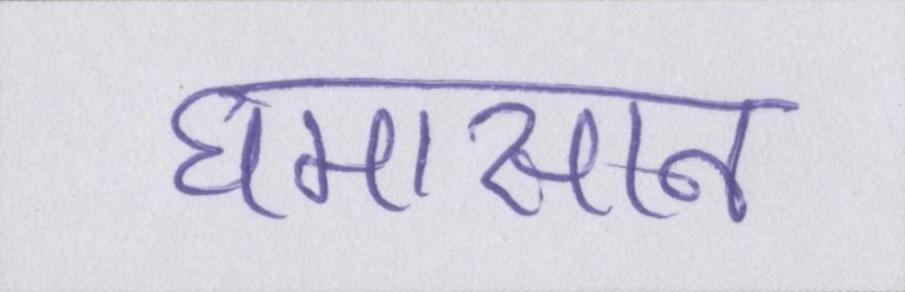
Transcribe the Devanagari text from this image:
घमासान